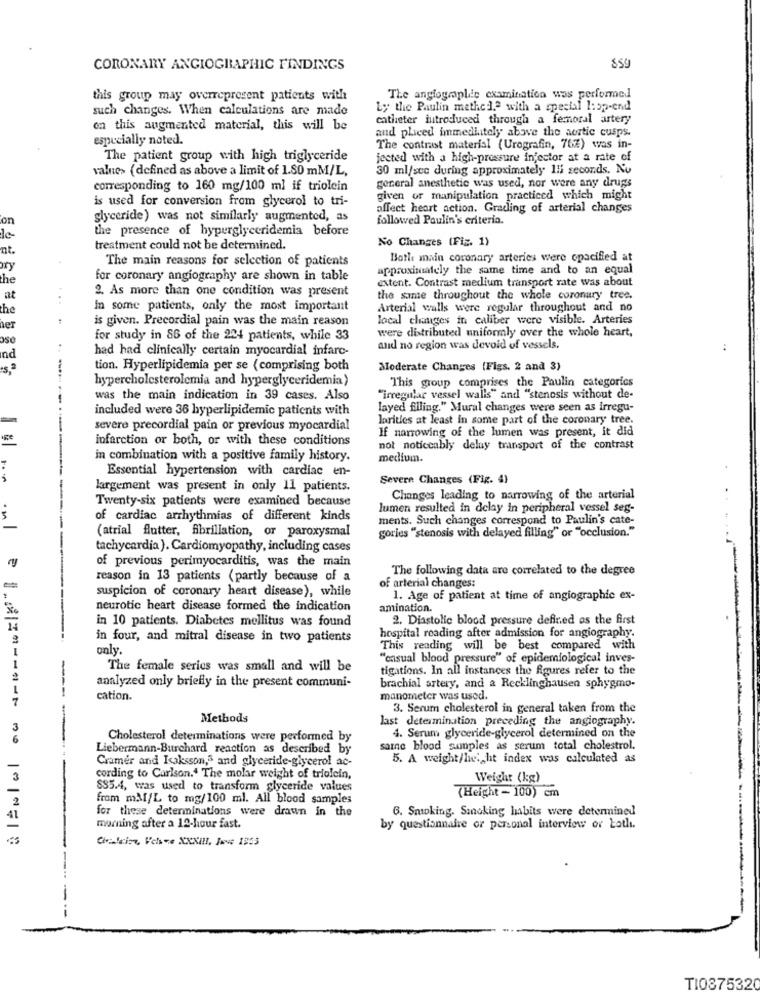
CORONARY ANGIOGRAPHIC FINDINGS
this group may overrepresent patients with
The angiographie examination was performed
such changes. When calculations are made
Ly the Paulin methe.].ª with a special 1:sp-end
catheter introduced through a femoral artery
on this augmented material, this will be
and phiced immediately above the aortic cusps.
especially noted.
The contrast material (Urografin, 76%) was in-
The patient group with high triglyceride
jected with a high-pressure injector at a rate of
value> (defined as above a limit of 1.80 mM/L,
30 ml/sec during approximately Ili seconds. Nu
corresponding to 160 mg/100 ml if triolein
general anesthetic was used, nor were any drugs
is used for conversion from glycerol to tri-
given or manipulation practiced which might
affect heart action. Grading of arterial changes
on
glyceride) was not similarly augmented, as
followed Poulin's criteria.
the presence of hyperglyceridemia before
No Changes (Fig. 1)
nt.
treatment could not be determined.
The main reasons for selection of patients
Both main coronary arteries were opacified at
ory
approximately the same time and to an equal
the
for coronary angiography are shown in table
extent. Contrast medium transport rate was about
at
...
2. As more than one condition was present
the same throughout the whole coronary tree.
the
In some patients, only the most important
Arterial walls were regular throughout and no
is given. Precordial pain was the main reason
local changes in caliber were visible. Arteries
her
were distributed uniformly over the whole heart,
for study in 86 of the 224 patients, while 33
had had clinically certain myocardial infarc-
and no region was devoid of vessels,
nd
tion. Hyperlipidemia per se (comprising both
Moderate Changes (Figs. 2 and 3)
hypercholesterolemia and hyperglyceridemia)
This group comprises the Paulin categories
was the main indication in 39 cases. Also
"irregular vessel walls" and "stenosis without de-
included were 36 hyperlipidemic patients with
layed filling." Mural changes were seen as irregu-
larities at least in some part of the coronary tree.
severe precordial pain or previous myocardial
If narrowing of the lumen was present, it did
Ige
infarction or both, or with these conditions
not noticeably delay transport of the contrast
in combination with a positive family history.
medium.
Essential hypertension with cardiac en-
Severn Changes (Fig. 4)
largement was present in only 11 patients.
Twenty-six patients were examined because
Changes leading to narrowing of the arterial
lumen resulted in delay in peripheral vessel seg-
of cardiac arrhythmias of different kinds
ments. Such changes correspond to Paulin's cate-
gories "stenosis with delayed filling" or "occlusion."
(atrial flutter, fibrillation, or paroxysmal
tachycardia). Cardiomyopathy, including cases
--
of previous perimyocarditis, was the main
The following data are correlated to the degree
reason in 13 patients (partly because of a
suspicion of coronary heart disease), while
of arterial changes:
1. Age of patient at time of angiographie ex-
neurotic heart disease formed the indication
amination.
in 10 patients. Diabetes mellitus was found
2. Diastolic blood pressure defined as the first
14
in four, and mitral disease in two patients
hospital reading after admission for angiography.
only .
This reading will be best compared with
"casual blood pressure" of epidemiological inves-
The female series was small and will be
tigations. In all instances the figures refer to the
analyzed only briefly in the present communi-
brachial artery, and a Recklinghausen sphygmo-
7
cation.
manometer was used.
3. Serum cholesterol in general taken from the
Methods
last determination preceding the angiography.
3
----
6
Cholesterol determinations were performed by
4. Serum glyceride-glycerol determined on the
Liebermann-Burchard reaction as described by
saine blood samples as serum total cholestrol.
Cramer and Isaksson,S and glyceride-glycerol ac-
5. A weight/height index was calculated as
cording to Carlson." The molar weight of triolein,
Weight (kg)
-
$35.4, was used to transform glyceride values
from mM/L to mg/100 ml. All blood samples
{Height - 100) cm
2
6. Smoking. Sinoking habits were determined
41
for these determinations were drawn in the
morning after a 12-hour fast.
by questionnaire or personal interview or both.
Civilcion, Vchre XXXIII. Jove 1955
T1087532